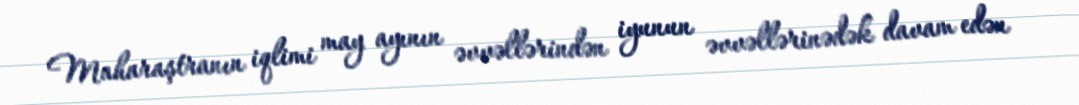
Maharaştranın iqlimi may ayının əvvəllərindən iyunun əvvəllərinədək davam edən